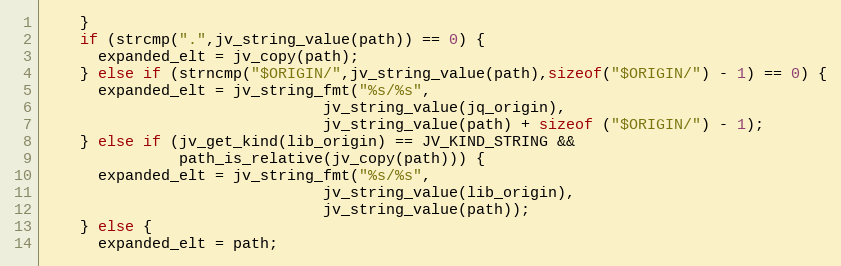
Language: C
    }
    if (strcmp(".",jv_string_value(path)) == 0) {
      expanded_elt = jv_copy(path);
    } else if (strncmp("$ORIGIN/",jv_string_value(path),sizeof("$ORIGIN/") - 1) == 0) {
      expanded_elt = jv_string_fmt("%s/%s",
                               jv_string_value(jq_origin),
                               jv_string_value(path) + sizeof ("$ORIGIN/") - 1);
    } else if (jv_get_kind(lib_origin) == JV_KIND_STRING &&
               path_is_relative(jv_copy(path))) {
      expanded_elt = jv_string_fmt("%s/%s",
                               jv_string_value(lib_origin),
                               jv_string_value(path));
    } else {
      expanded_elt = path;